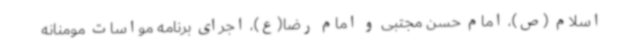
اسلام (ص)، امام حسن مجتبی و امام رضا(ع)، اجرای برنامه مواسات مومنانه